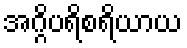
အဂ္ဂိပရိစရိယာယ